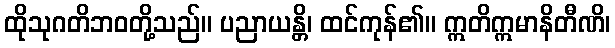
ထိုသုဂတိဘဝတို့သည်။ ပညာယန္တိ၊ ထင်ကုန်၏။ ဣတိဣမာနိတီဏိ၊